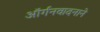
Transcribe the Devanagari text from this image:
ऑर्गनवादनाने